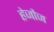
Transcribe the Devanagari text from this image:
हेजौज